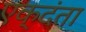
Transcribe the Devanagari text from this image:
एक्दंता